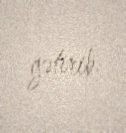
gətirib.